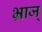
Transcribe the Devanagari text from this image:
भ्राज्